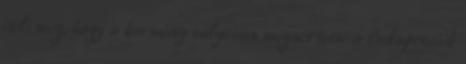
ítéli meg, hogy a kormány súlyosan megsértette a budapestiek